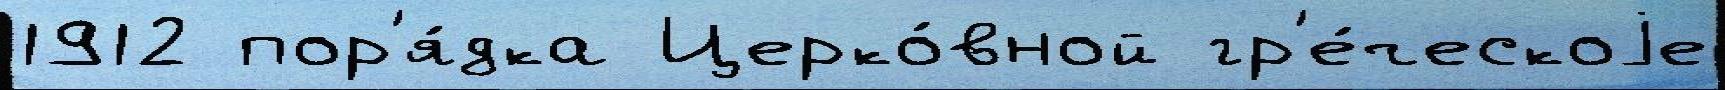
1912 пор'я́дка Церко́вной гр'е́ческоjе